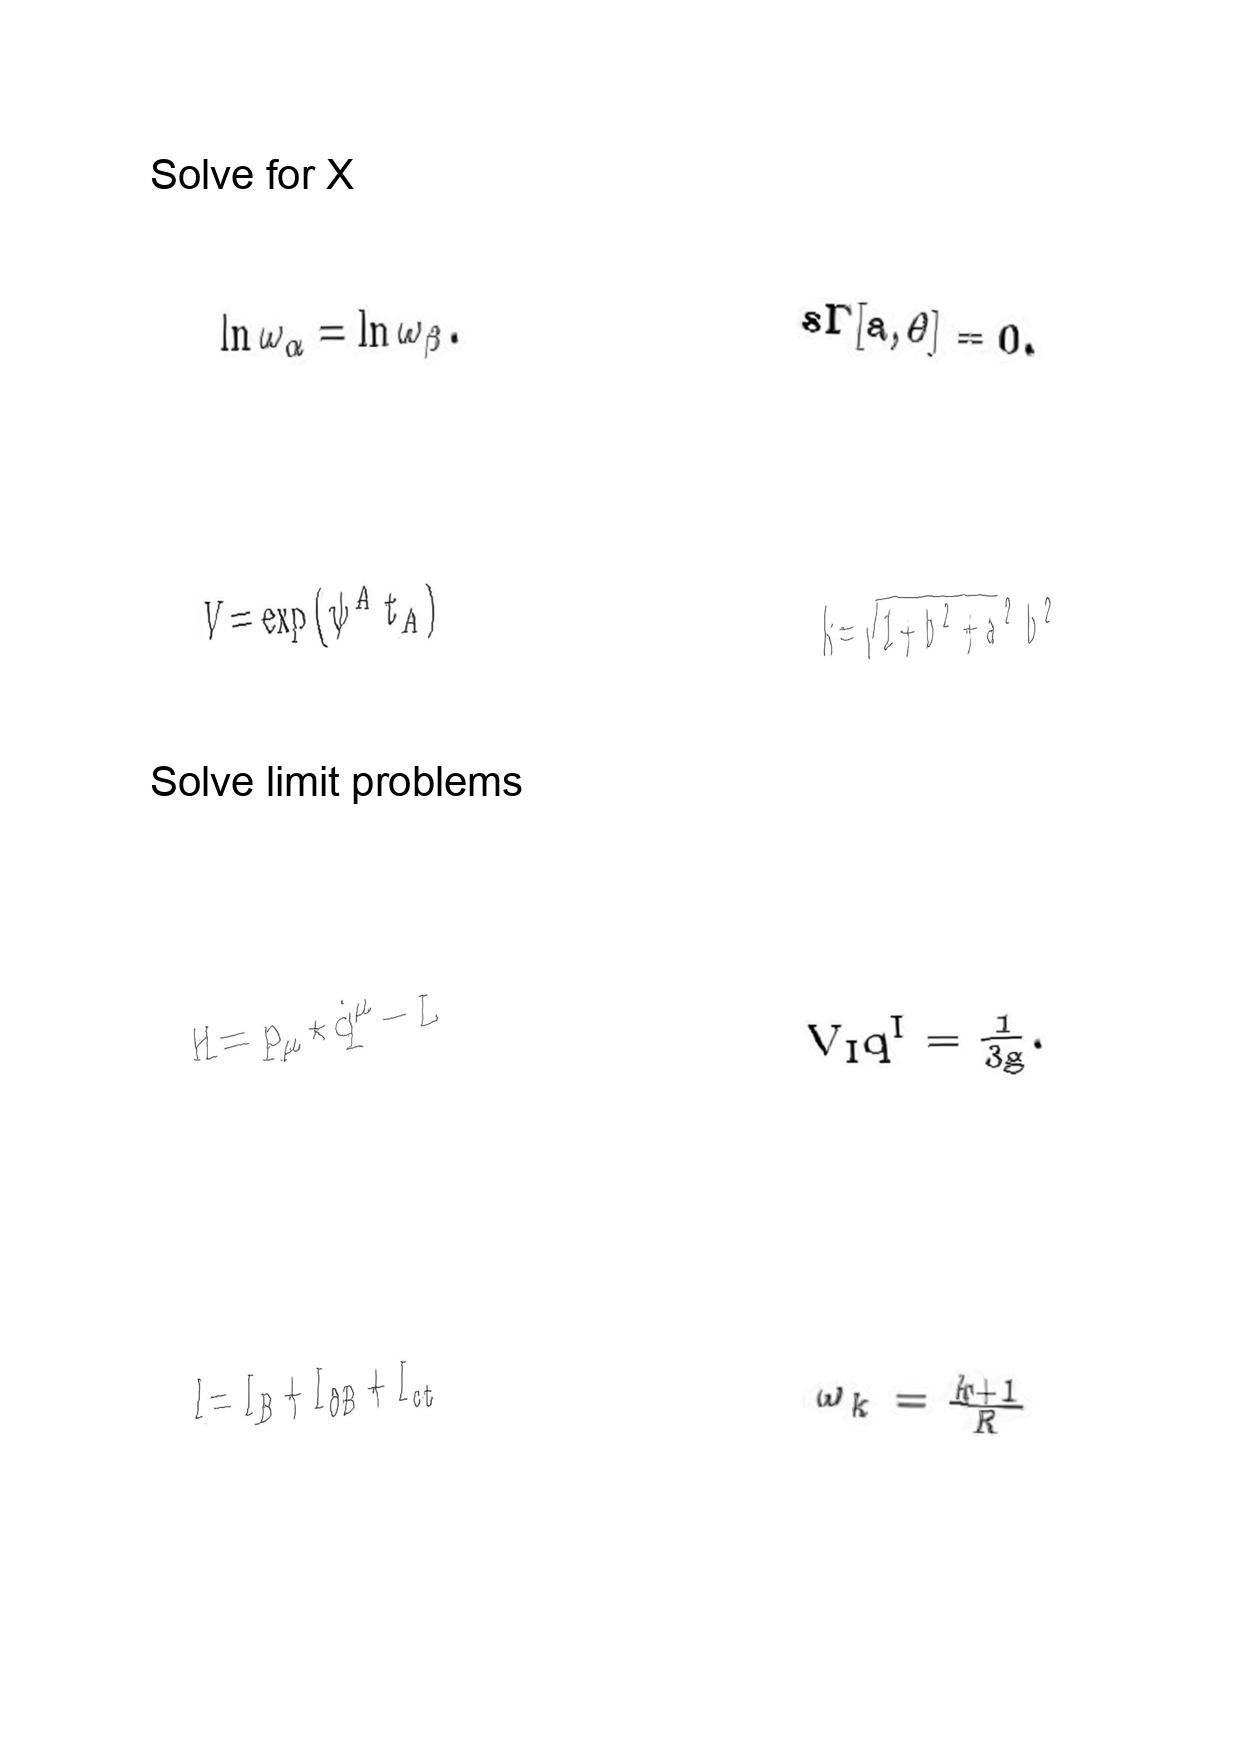
LaTeX transcription:
\ln \omega _ { \alpha } = \ln \omega _ { \beta } .
V = \exp \lparen \psi ^ { A } t _ { A } \rparen
H = p _ { \mu } \star \dot { q } ^ { \mu } - L
I = I _ { B } + I _ { \partial B } + I _ { c t }
s \Gamma \lbrack a , \theta \rbrack = 0 .
k = \sqrt { 1 + b ^ { 2 } + a ^ { 2 } b ^ { 2 } }
V _ { I } q ^ { I } = \frac { 1 } { 3 g } .
\omega _ { k } = \frac { k + 1 } { R }